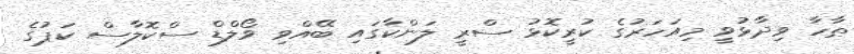
ޠާހާ ވިދާޅުވީ މިއަހަރުގެ ކުރީކޮޅު ސްރީ ލަންކާގައި ބޭއްވި ވޯލްޑް ސްކޮލާސް ކަޕުގެ